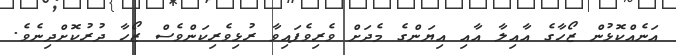
އަނެއްކޮޅުން ޒޯހާގެ އާއިލާ އާއި އިޔަންގެ މެދަށް ވެރިވެފައިވާ ރުޅިވެރިކަންވެސް ޒޯހާ ދުރުކޮށްދިނެވެ.